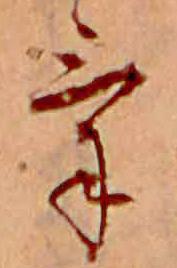
け